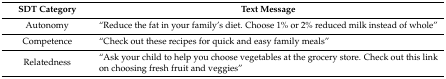
<table><thead><tr><td><b>SDT Category</b></td><td><b>Text Message</b></td></tr></thead><tbody><tr><td>Autonomy</td><td>“Reduce the fat in your family’s diet. Choose 1% or 2% reduced milk instead of whole”</td></tr><tr><td>Competence</td><td>“Check out these recipes for quick and easy family meals”</td></tr><tr><td>Relatedness</td><td>“Ask your child to help you choose vegetables at the grocery store. Check out this link on choosing fresh fruit and veggies”</td></tr></tbody></table>